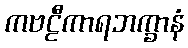
ကဗဠီကာရဘက္ခာနံ